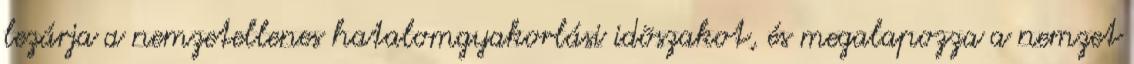
lezárja a nemzetellenes hatalomgyakorlási idõszakot, és megalapozza a nemzet